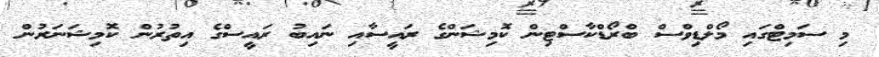
މި ސަމިޓްގައި މޯލްޑިވްސް ބްރޯޑްކާސްޓިން ކޮމިޝަންގެ ރައީސާއި ނައިބު ރައީސްގެ އިތުރުން ކޮމިޝަނަރުން